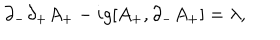
LaTeX: \partial _ { - } \partial _ { + } A _ { + } - i g [ A _ { + } , \partial _ { - } A _ { + } ] = \lambda ,